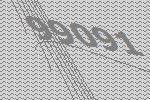
99091